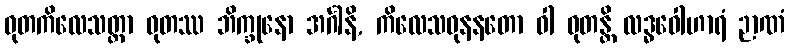
ဓုတကိလေသတ္တာ ဓုတဿ ဘိက္ခုနော အင်္ဂါနိ, ကိလေသဓုနနတော ဝါ ဓုတန္တိ လဒ္ဓဝေါဟာရံ ဉာဏံ